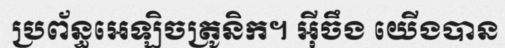
ប្រព័ន្ធអេឡិចត្រូនិក។ អ៊ីចឹង យើងបាន